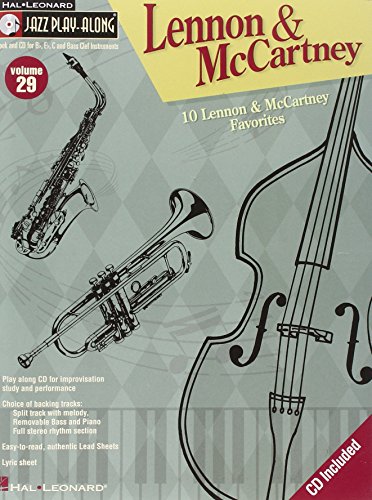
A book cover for Lennon and McCartney: Jazz Play-Along Volume 29 (Jazz Play Along Series); The Beatles; Humor & Entertainment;